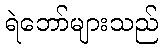
ရဲဘော်များသည်